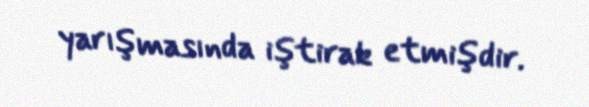
yarışmasında iştirak etmişdir.